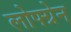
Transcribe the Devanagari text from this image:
लोफ्ग्रेन